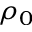
\rho _ { 0 }